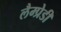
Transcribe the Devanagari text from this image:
लैम्प्रेडी